Annual report on the mental hospital in the Central Provinces and Berar (Nagpur) - 1927-1951
Year: 1927
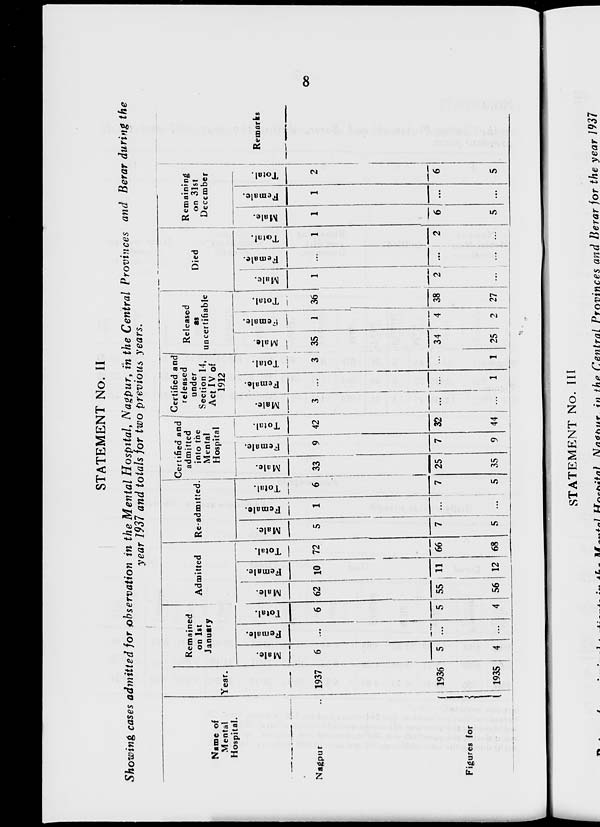
8
STATEMENT No. II
Showing cases admitted for observation in the Mental Hospital, Nagpur, in the Central Provinces and Berar during the
year 1937 and totals for two previous years.
Name of
Mental
Hospital.
Nagpur ...
Figures for
Year.
1937
1936
1935
Remained
on 1st
January
Male.
6
5
4
Female.
...
...
...
Total.
6
5
4
Admitted
Male.
62
55
56
Female.
10
1 1
12
Total.
72
66
68
Re-admitted.
Male.
5
7
5
Female.
1
...
...
Total.
6
7
5
Certified and
admitted
into the
Mental
Hospital
Male.
33
25
35
Female.
9
7
9
Total.
42
32
44
Certified and
released
under
Section 14,
Act IV of
1912
Male.
3
...
...
Female.
...
...
1
Total.
3
...
1
Released
as
uncertifiable
Male.
35
34
25
Female.
1
4
2
Total.
36
38
27
Died
Male.
1
2
...
Female.
...
...
...
Total.
1
2
...
Remaining
on 31st
December
Male.
1
6
5
Female.
1
...
...
Total.
2
6
5
Remarks